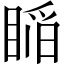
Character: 𥈺